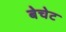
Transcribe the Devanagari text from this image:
बेचेट